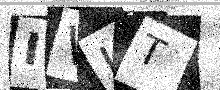
Text: IVLT